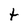
Character: t